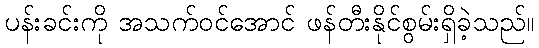
ပန်းခင်းကို အသက်ဝင်အောင် ဖန်တီးနိုင်စွမ်းရှိခဲ့သည်။